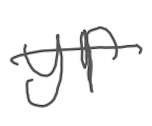
Text: yr
Cross-out: single-line
Writing tool: digital_gray